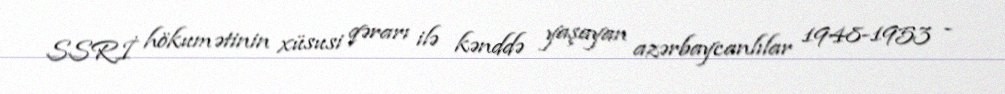
SSRİ hökumətinin xüsusi qərarı ilə kənddə yaşayan azərbaycanlılar 1948-1953 -